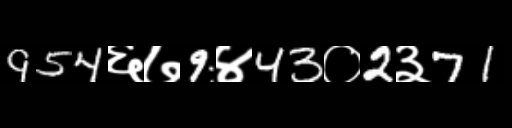
Text: 954६७9४43०2३71